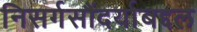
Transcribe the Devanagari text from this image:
निसर्गसौंदर्याबद्दल